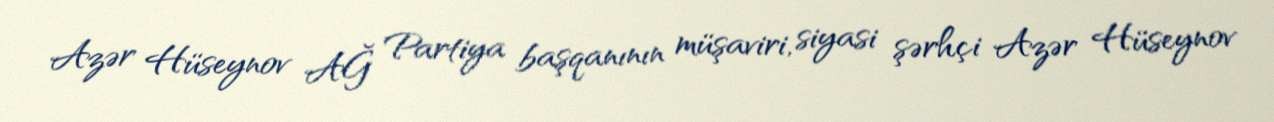
Azər Hüseynov AĞ Partiya başqanının müşaviri, siyasi şərhçi Azər Hüseynov